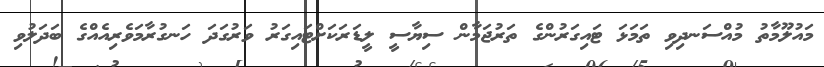
މައުލޫމާތު މުއްސަނދިވި ތަމަޅަ ޓައިގަރުންގެ ތަރުޖަމާން ސިޔާސީ ލީޑަރަކަށްޓައިގަރު ވަރުގަދަ ހަނގުރާމަވެރިއެއްގެ ބަދަލުވި